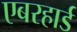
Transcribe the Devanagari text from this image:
एबरहार्ड